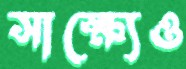
সাক্ষ্যেও